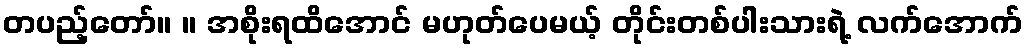
တပည့်တော်။ ။ အစိုးရထိအောင် မဟုတ်ပေမယ့် တိုင်းတစ်ပါးသားရဲ့ လက်အောက်